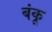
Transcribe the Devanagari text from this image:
बंकू